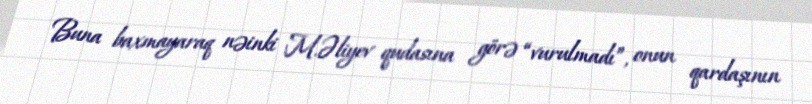
Buna baxmayaraq nəinki M.Əliyev qudasına görə “vurulmadı”, onun qardaşının